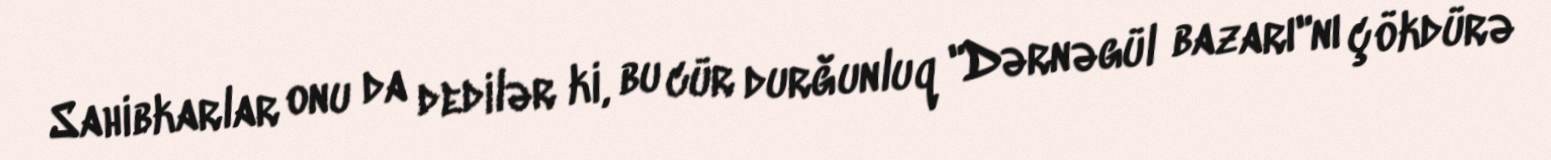
Sahibkarlar onu da dedilər ki, bu cür durğunluq "Dərnəgül bazarı"nı çökdürə